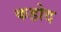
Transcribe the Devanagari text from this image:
कहोद